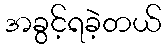
အခွင့်ရခဲ့တယ်